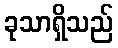
ခုသာရှိသည်